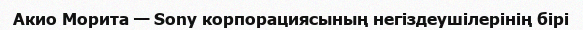
Акио Морита — Sony корпорациясының негіздеушілерінің бірі